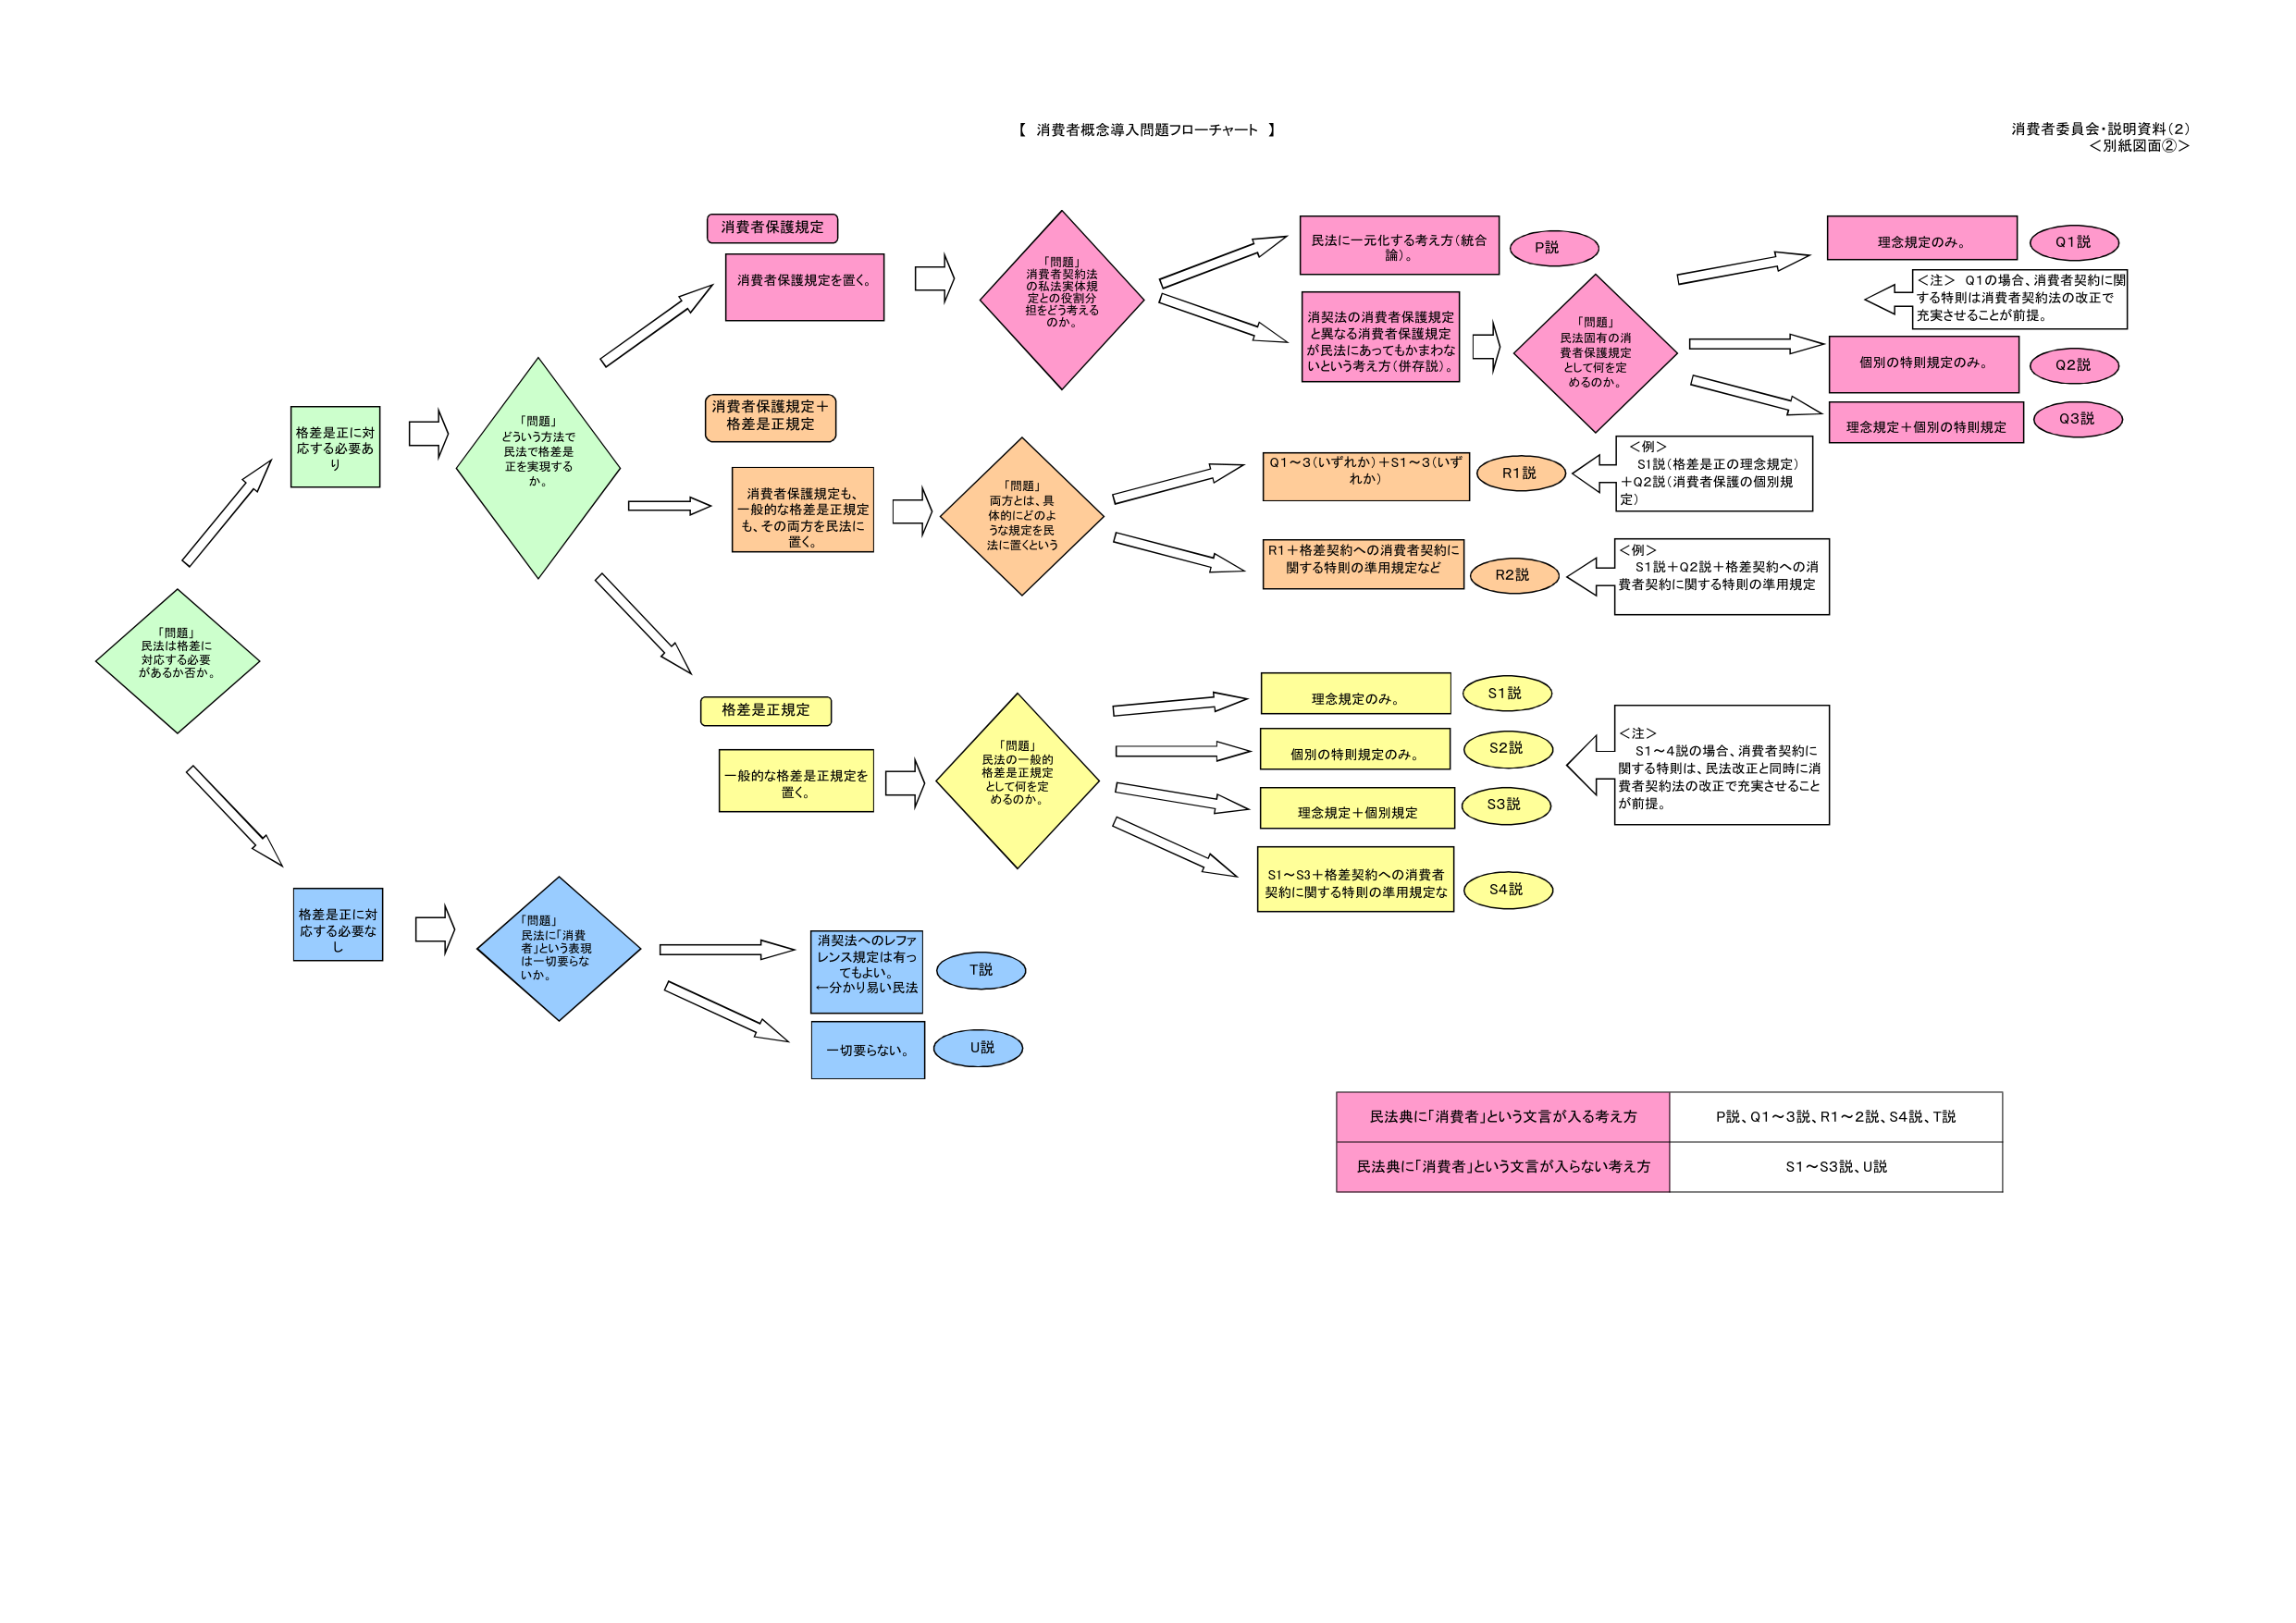
【 消費者概念導入問題フローチャート 】
消費者委員会・説明資料（2）
＜別紙図面②＞

「問題」
民法は格差に対応する必要があるか否か。

格差是正に対応する必要あり

「問題」
どういう方法で民法で格差是正を実現するか。

消費者保護規定
消費者保護規定を置く。

消費者保護規定＋格差是正規定
消費者保護規定も、一般的な格差是正規定も、その両方を民法に置く。

格差是正規定
一般的な格差是正規定を置く。

「問題」
消費者契約法の私法実体規定との役割分担をどう考えるのか。

民法に一元化する考え方（統合論）。
P説

消契法の消費者保護規定と異なる消費者保護規定が民法にあってもかまわないという考え方（併存説）。

「問題」
民法固有の消費者保護規定として何を定めるのか。

理念規定のみ。
Q1説

個別の特別規定のみ。
Q2説

理念規定＋個別の特別規定
Q3説

＜注＞ Q1の場合、消費者契約に関する特別は消費者契約法の改正で充実させることが前提。

「問題」
両方とは、具体的にどのような規定を民法に置くという

Q1～3（いずれか）＋S1～3（いずれか）
R1説

＜例＞
S1説（格差是正の理念規定）＋Q2説（消費者保護の個別規定）

R1＋格差契約への消費者契約に関する特別の準用規定など
R2説

＜例＞
S1説＋Q2説＋格差契約への消費者契約に関する特別の準用規定

「問題」
民法の一般的格差是正規定として何を定めるのか。

理念規定のみ。
S1説

個別の特別規定のみ。
S2説

理念規定＋個別規定
S3説

S1～S3＋格差契約への消費者契約に関する特別の準用規定など
S4説

＜注＞
S1～4説の場合、消費者契約に関する特別は、民法改正と同時に消費者契約法の改正で充実させることが前提。

格差是正に対応する必要なし

「問題」
民法に「消費者」という表現は一切要らないか。

消契法へのレファレンス規定は有ってもよい。←分かり易い民法
T説

一切要らない。
U説

民法典に「消費者」という文言が入る考え方
P説、Q1～3説、R1～2説、S4説、T説

民法典に「消費者」という文言が入らない考え方
S1～S3説、U説